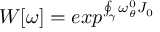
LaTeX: W [ \omega ] = e x p ^ { \oint _ { \gamma } \omega _ { \theta } ^ { 0 } J _ { 0 } }